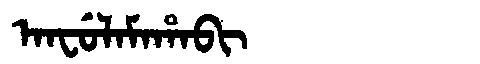
Manchu: ᠠᠨᠸᡠᠯᠠᠮᠠᡥᠠᠪᡳ
Romanization: ANFULAMAHABI